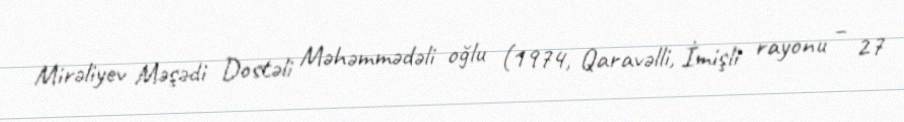
Mirəliyev Məşədi Dostəli Məhəmmədəli oğlu (1974, Qaravəlli, İmişli rayonu – 27